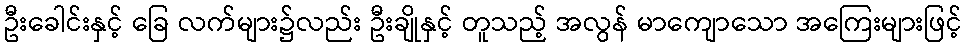
ဦးခေါင်းနှင့် ခြေ လက်များ၌လည်း ဦးချိုနှင့် တူသည့် အလွန် မာကျောသော အကြေးများဖြင့်